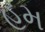
હમ